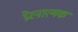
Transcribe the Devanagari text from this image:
प्रेरनात्मक